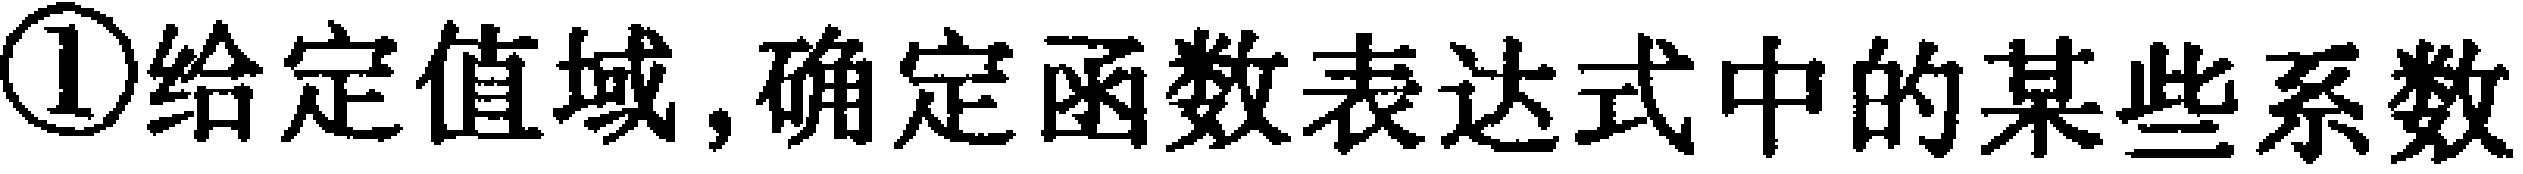
\textcircled{1}给定值域,确定函数表达式中的某些系数